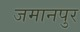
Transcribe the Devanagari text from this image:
जमानपुर